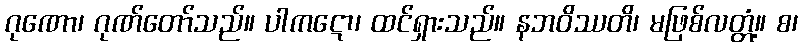
ဂုဏော၊ ဂုဏ်တော်သည်။ ပါကဋော၊ ထင်ရှားသည်။ နဘဝိဿတိ၊ မဖြစ်လတ္တံ့။ စ၊